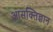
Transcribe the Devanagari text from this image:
आसक्तिज्ञान